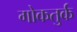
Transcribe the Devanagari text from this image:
गोकतुर्क